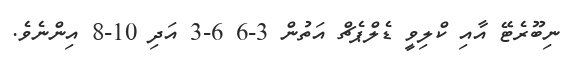
ނިބޫރެޓޭ އާއި ކްލިވީ ޑެލްޕެޗް އަތުން 3-6 6-3 އަދި 10-8 އިންނެވެ.